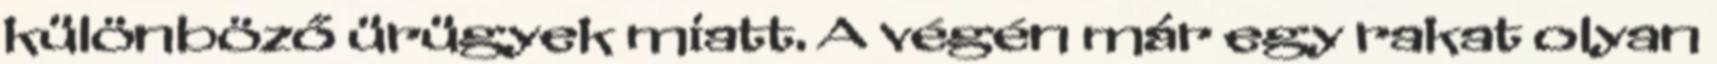
különböző ürügyek miatt. A végén már egy rakat olyan